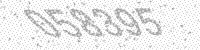
Solution: 058395